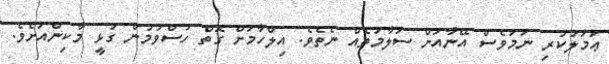
ޢަމަލުކުރި ނަމަވެސް އޭނާއަށް ސަލާމަތެއް ނެތެވެ. އިލްހާމަށް ގޮތް ހުސްވުމުން ގުޅީ މާކިންއަށެވެ.